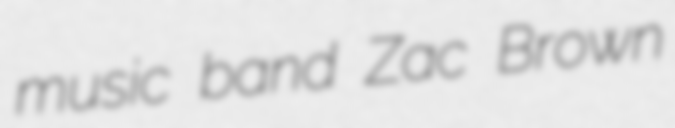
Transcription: music band Zac Brown